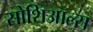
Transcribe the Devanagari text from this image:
सोशिआल्स